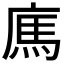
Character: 𢉿